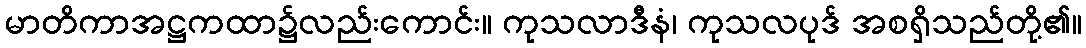
မာတိကာအဋ္ဌကထာ၌လည်းကောင်း။ ကုသလာဒီနံ၊ ကုသလပုဒ် အစရှိသည်တို့၏။